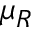
\mu _ { R }